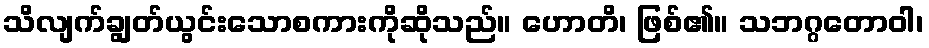
သိလျက်ချွတ်ယွင်းသောစကားကိုဆိုသည်။ ဟောတိ၊ ဖြစ်၏။ သဘဂ္ဂတောဝါ၊